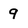
Character: 9